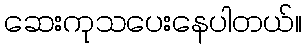
ဆေးကုသပေးနေပါတယ်။